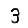
Digit: 3